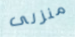
منزلى